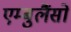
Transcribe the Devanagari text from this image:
एम्बुलैंसों